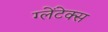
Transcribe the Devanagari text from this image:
ग्लेंटेक्स